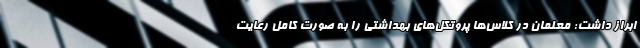
ابراز داشت: معلمان در کلاس‌ها پروتکل‌های بهداشتی را به صورت کامل رعایت